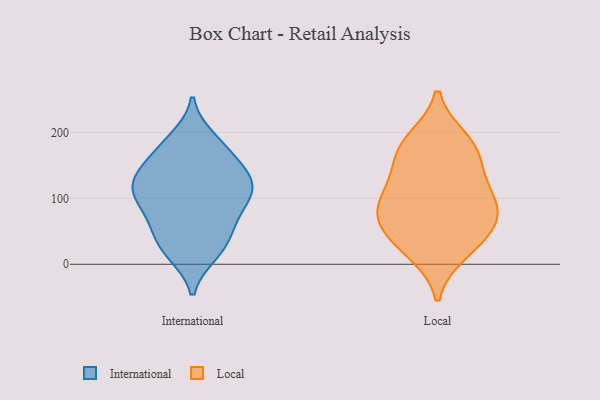
{"axis": {"x": "Active Users", "y": "Value"}, "legend": ["International", "Local"], "data": [{"x": "", "y": 76, "type": "International"}, {"x": "", "y": 116, "type": "International"}, {"x": "", "y": 132, "type": "International"}, {"x": "", "y": 156, "type": "International"}, {"x": "", "y": 114, "type": "International"}, {"x": "", "y": 53, "type": "International"}, {"x": "", "y": 17, "type": "International"}, {"x": "", "y": 77, "type": "International"}, {"x": "", "y": 122, "type": "International"}, {"x": "", "y": 172, "type": "International"}, {"x": "", "y": 190, "type": "International"}, {"x": "", "y": 24, "type": "International"}, {"x": "", "y": 181, "type": "International"}, {"x": "", "y": 122, "type": "International"}, {"x": "", "y": 105, "type": "International"}, {"x": "", "y": 98, "type": "International"}, {"x": "", "y": 22, "type": "International"}, {"x": "", "y": 51, "type": "International"}, {"x": "", "y": 142, "type": "International"}, {"x": "", "y": 163, "type": "Local"}, {"x": "", "y": 184, "type": "Local"}, {"x": "", "y": 156, "type": "Local"}, {"x": "", "y": 189, "type": "Local"}, {"x": "", "y": 97, "type": "Local"}, {"x": "", "y": 116, "type": "Local"}, {"x": "", "y": 49, "type": "Local"}, {"x": "", "y": 68, "type": "Local"}, {"x": "", "y": 76, "type": "Local"}, {"x": "", "y": 18, "type": "Local"}, {"x": "", "y": 108, "type": "Local"}, {"x": "", "y": 70, "type": "Local"}, {"x": "", "y": 27, "type": "Local"}]}